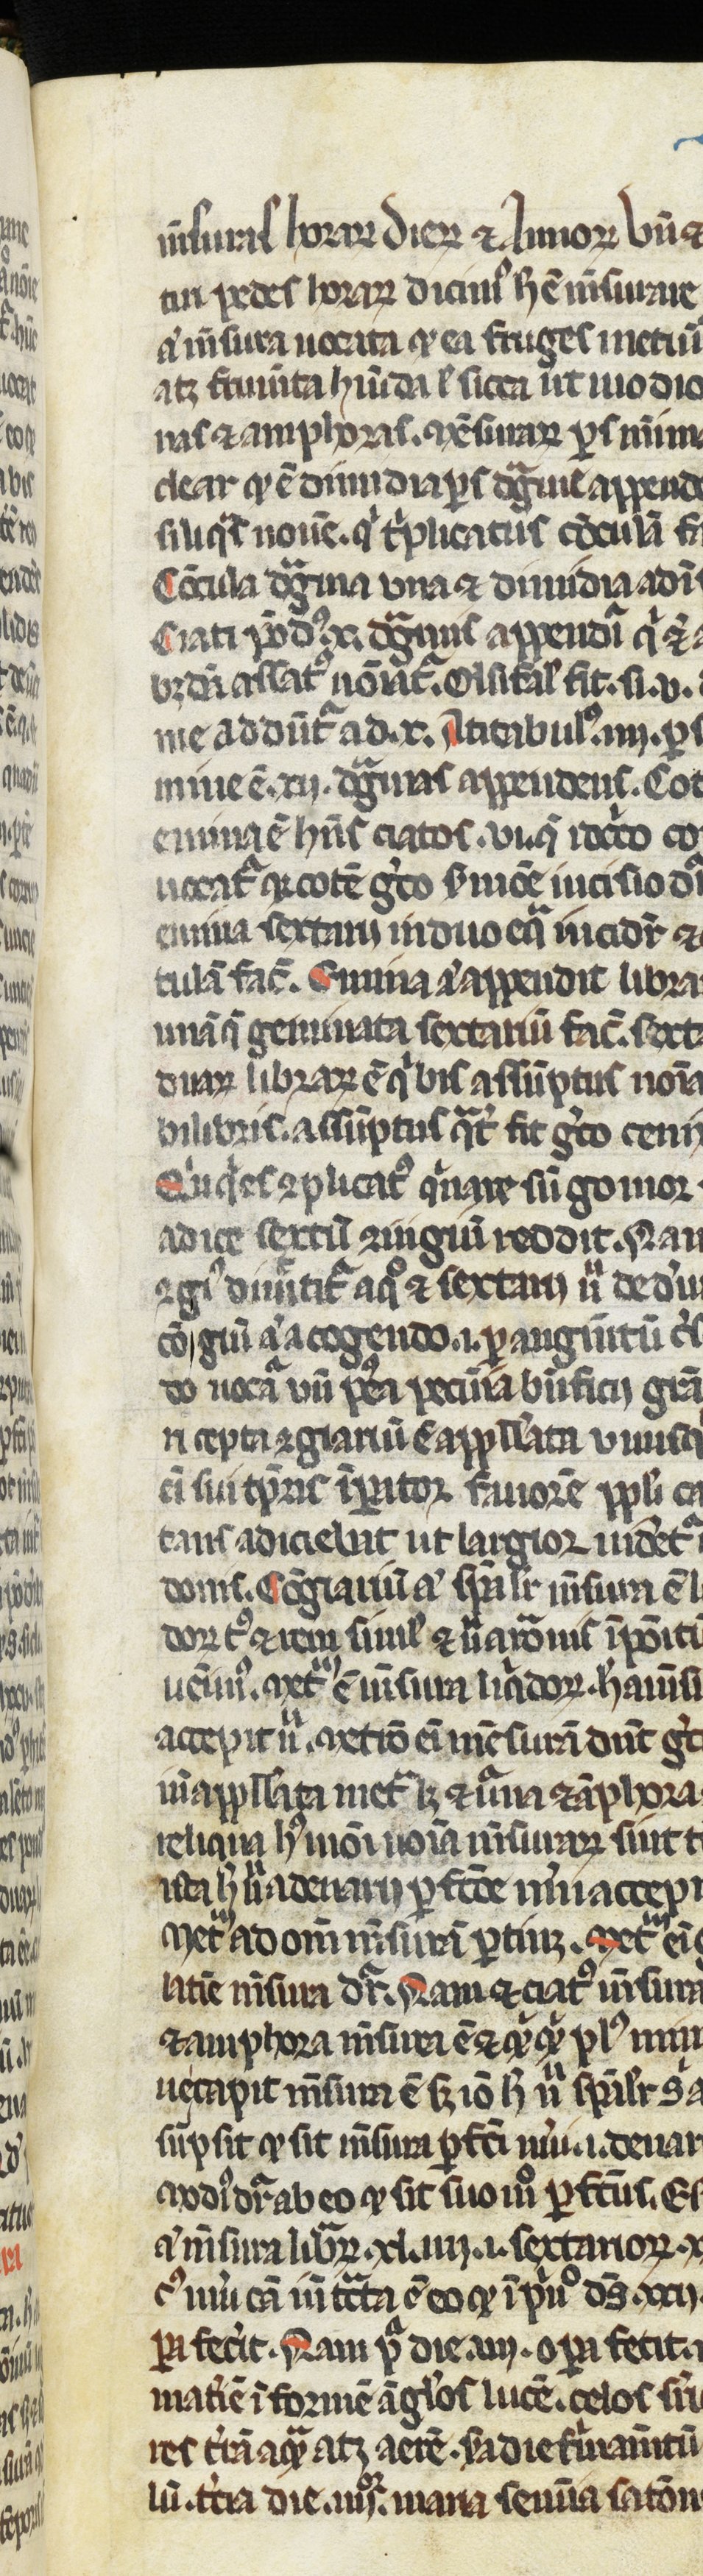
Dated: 1250–1299